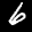
Label: 6